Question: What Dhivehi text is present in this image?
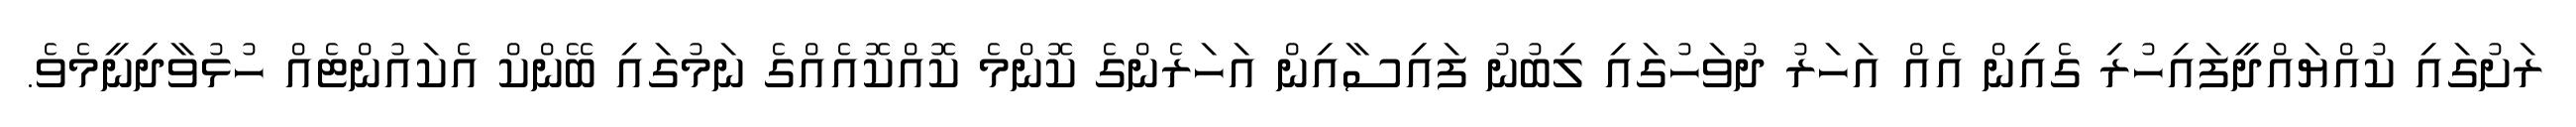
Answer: ރަށުގައި ކުއްޔައްދީފައިހުރި ގެއިން އެއް އަހަރު ދުވަހުގައި ލިބުނު ފައިސާއިން އަހަރެންގެ ކޮންމެ ކޮއްކޮއެއްގެ ނަމުގައި ބޭންކް އެކައުންޓެއް ހުޅުވާދިނީމެވެ.